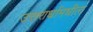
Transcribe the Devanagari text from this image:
उत्तरार्धामधील